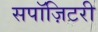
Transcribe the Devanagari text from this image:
सपॉज़िटरी